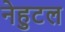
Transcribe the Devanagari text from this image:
नेहुटल